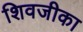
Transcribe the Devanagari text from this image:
शिवजीका